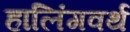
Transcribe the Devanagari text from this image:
हालिंगवर्थ